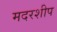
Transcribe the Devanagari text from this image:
मदरशीप